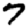
Digit: 7